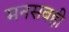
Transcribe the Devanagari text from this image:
मनसबही